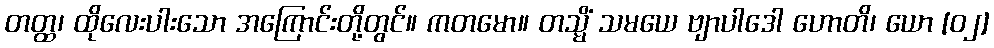
တတ္ထ၊ ထိုလေးပါးသော အကြောင်းတို့တွင်။ ကတမော။ တသ္မိံ သမယေ ဗျာပါဒေါ ဟောတိ၊ ယော [၀၂]